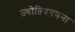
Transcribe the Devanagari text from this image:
ज्योतिषगणना